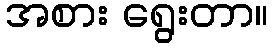
အစား ရွေးတာ။